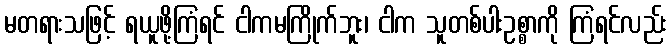
မတရားသဖြင့် ရယူဖို့ကြံရင် ငါကမကြိုက်ဘူး၊ ငါက သူတစ်ပါးဥစ္စာကို ကြံရင်လည်း